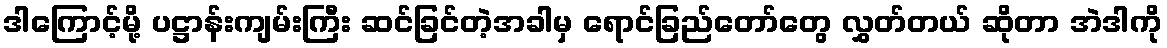
ဒါကြောင့်မို့ ပဋ္ဌာန်းကျမ်းကြီး ဆင်ခြင်တဲ့အခါမှ ရောင်ခြည်တော်တွေ လွှတ်တယ် ဆိုတာ အဲဒါကို